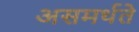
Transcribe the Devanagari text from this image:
असमर्थते